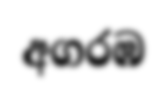
අගරඹ